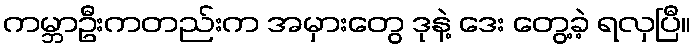
ကမ္ဘာဦးကတည်းက အမှားတွေ ဒုနဲ့ ဒေး တွေ့ခဲ့ ရလှပြီ။